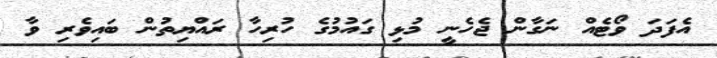
އެފަދަ ވޯޓެއް ނަގާން ޖެހެނީ މުޅި ގައުމުގެ ހުރިހާ ރައްޔިތުން ބައިވެރި ވާ